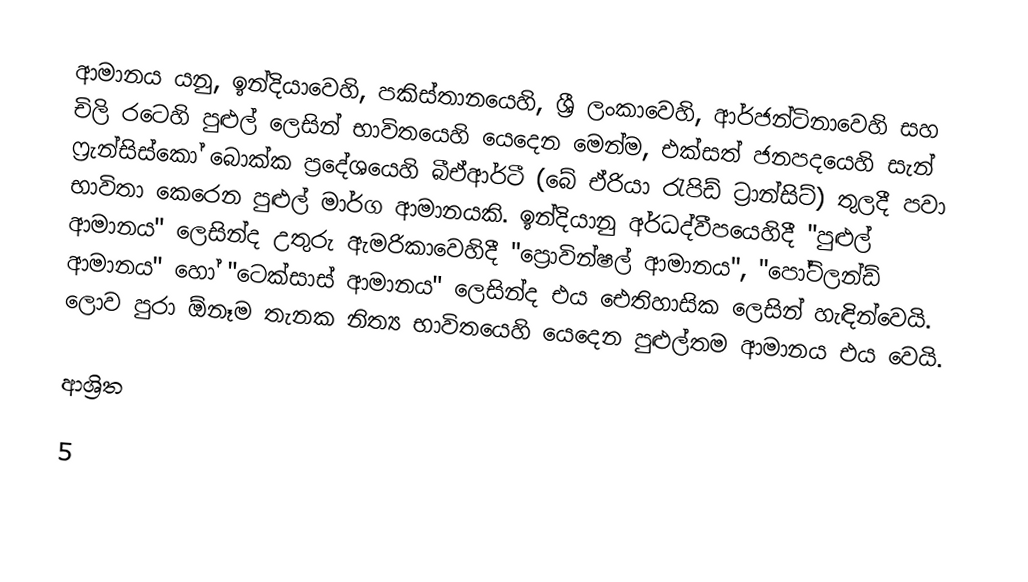
ආමානය යනු,  ඉන්දියාවෙහි, පකිස්තානයෙහි, ශ්‍රී ලංකාවෙහි, ආර්ජන්ටිනාවෙහි සහ චිලි රටෙහි පුළුල් ලෙසින් භාවිතයෙහි යෙදෙන මෙන්ම,  එක්සත් ජනපදයෙහි සැන් ෆ්‍රැන්සිස්කෝ බොක්ක ප්‍රදේශයෙහි බීඒආර්ටී (බේ ඒරියා රැපිඩ් ට්‍රාන්සිට්) තුලදී පවා භාවිතා කෙරෙන පුළුල් මාර්ග ආමානයකි. ඉන්දියානු අර්ධද්වීපයෙහිදී  "පුළුල් ආමානය" ලෙසින්ද  උතුරු ඇමරිකාවෙහිදී "ප්‍රොවින්ෂල් ආමානය", "පෝට්ලන්ඩ් ආමානය" හෝ "ටෙක්සාස් ආමානය" ලෙසින්ද එය ඓතිහාසික ලෙසින් හැඳින්වෙයි. ලොව පුරා ඕනෑම තැනක නිත්‍ය භාවිතයෙහි යෙදෙන පුළුල්තම ආමානය එය වෙයි.

ආශ්‍රිත

5